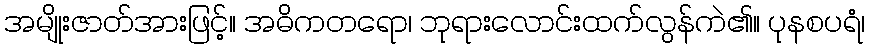
အမျိုးဇာတ်အားဖြင့်။ အဓိကတရော၊ ဘုရားလောင်းထက်လွန်ကဲ၏။ ပုနစပရံ၊